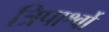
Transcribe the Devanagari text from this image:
त्रिपार्श्वो